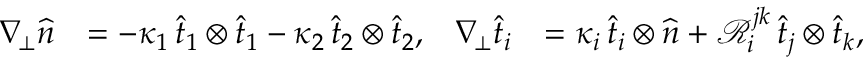
\begin{array} { r l r l } { \nabla _ { \! \bot } \widehat { n } } & { = - \kappa _ { 1 } \, \widehat { t } _ { 1 } \otimes \widehat { t } _ { 1 } - \kappa _ { 2 } \, \widehat { t } _ { 2 } \otimes \widehat { t } _ { 2 } , } & { \nabla _ { \! \bot } \widehat { t } _ { i } } & { = \kappa _ { i } \, \widehat { t } _ { i } \otimes \widehat { n } + \mathcal { R } _ { i } ^ { j k } \, \widehat { t } _ { j } \otimes \widehat { t } _ { k } , } \end{array}